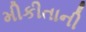
મીકીતાની